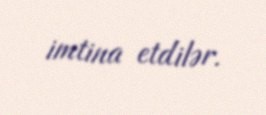
imtina etdilər.